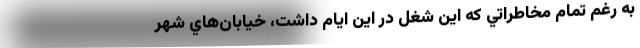
به ‌رغم تمام مخاطراتي كه اين شغل در اين ايام داشت، خيابان‌هاي شهر